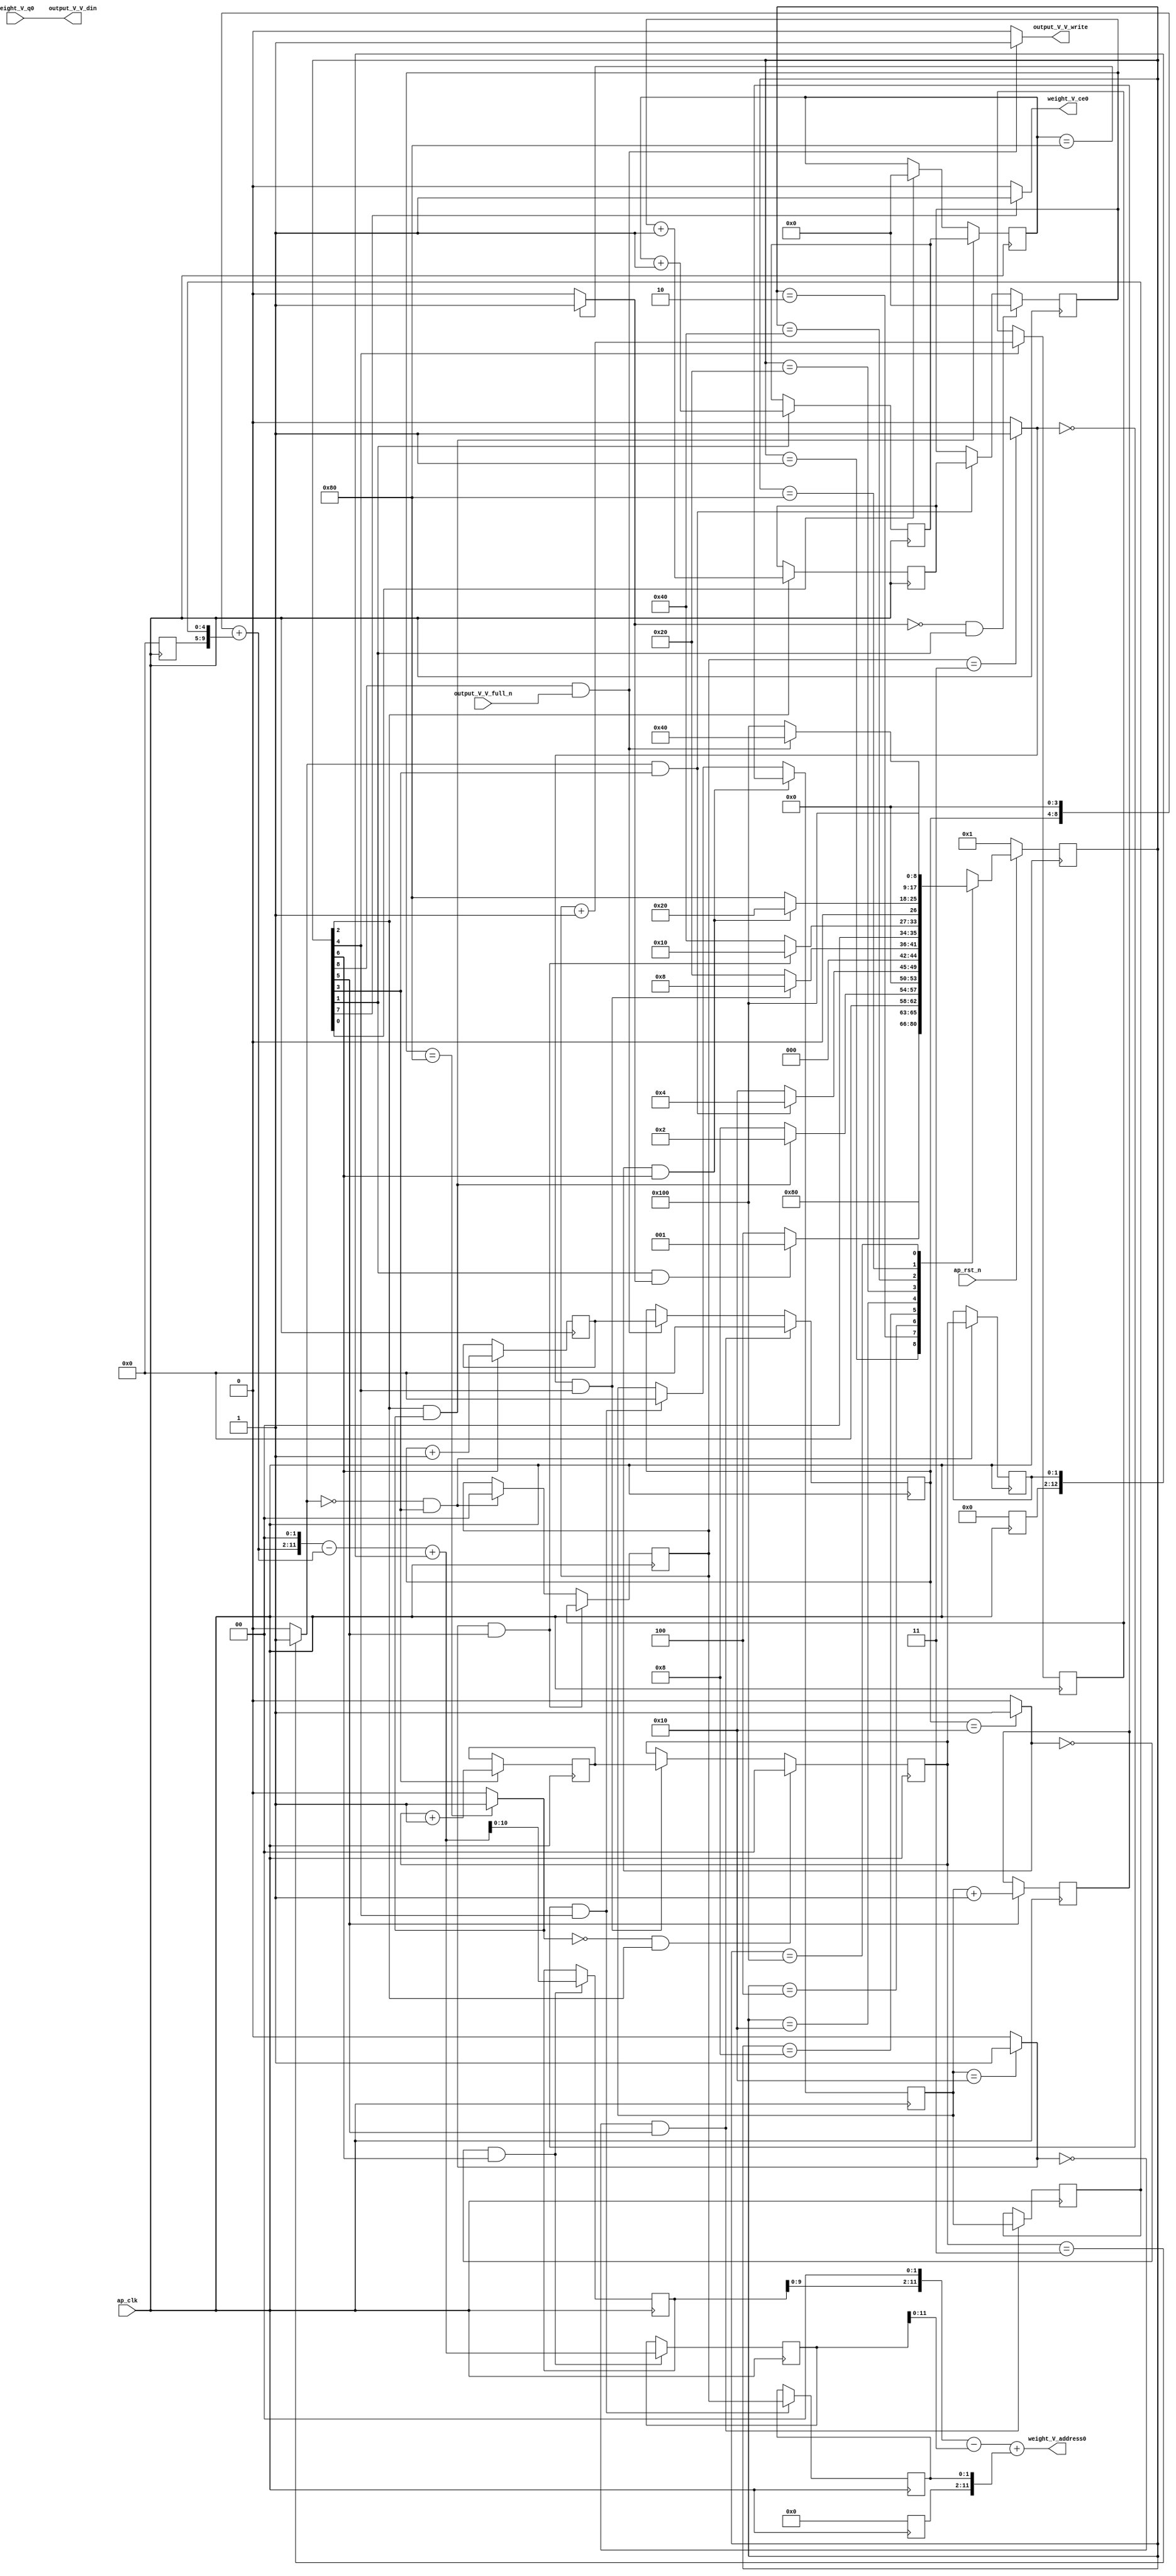
// ==============================================================
// RTL generated by Vivado(TM) HLS - High-Level Synthesis from C, C++ and SystemC
// Version: 2017.4
// Copyright (C) 1986-2017 Xilinx, Inc. All Rights Reserved.
// 
// ===========================================================

`timescale 1 ns / 1 ps 

(* CORE_GENERATION_INFO="weight_s_6,hls_ip_2017_4,{HLS_INPUT_TYPE=cxx,HLS_INPUT_FLOAT=0,HLS_INPUT_FIXED=1,HLS_INPUT_PART=xc7z020clg484-1,HLS_INPUT_CLOCK=10.000000,HLS_INPUT_ARCH=others,HLS_SYN_CLOCK=7.069250,HLS_SYN_LAT=118391041,HLS_SYN_TPT=none,HLS_SYN_MEM=0,HLS_SYN_DSP=0,HLS_SYN_FF=102,HLS_SYN_LUT=323}" *)

module weight_s_6 (
        ap_clk,
        ap_rst_n,
        output_V_V_din,
        output_V_V_full_n,
        output_V_V_write,
        weight_V_address0,
        weight_V_ce0,
        weight_V_q0
);

parameter    ap_ST_fsm_state1 = 9'd1;
parameter    ap_ST_fsm_state2 = 9'd2;
parameter    ap_ST_fsm_state3 = 9'd4;
parameter    ap_ST_fsm_state4 = 9'd8;
parameter    ap_ST_fsm_state5 = 9'd16;
parameter    ap_ST_fsm_state6 = 9'd32;
parameter    ap_ST_fsm_state7 = 9'd64;
parameter    ap_ST_fsm_state8 = 9'd128;
parameter    ap_ST_fsm_state9 = 9'd256;

input   ap_clk;
input   ap_rst_n;
output  [7:0] output_V_V_din;
input   output_V_V_full_n;
output   output_V_V_write;
output  [11:0] weight_V_address0;
output   weight_V_ce0;
input  [7:0] weight_V_q0;

reg output_V_V_write;
reg weight_V_ce0;

reg    ap_rst_n_inv;
reg    output_V_V_blk_n;
(* fsm_encoding = "none" *) reg   [8:0] ap_CS_fsm;
wire    ap_CS_fsm_state9;
wire   [7:0] hout_1_fu_166_p2;
reg   [7:0] hout_1_reg_321;
wire    ap_CS_fsm_state2;
wire   [7:0] wout_1_fu_178_p2;
reg   [7:0] wout_1_reg_329;
wire    ap_CS_fsm_state3;
wire   [1:0] hkern_1_fu_190_p2;
reg   [1:0] hkern_1_reg_337;
wire    ap_CS_fsm_state4;
wire   [63:0] tmp_fu_196_p1;
reg   [63:0] tmp_reg_342;
wire   [0:0] exitcond9_fu_184_p2;
wire   [1:0] wkern_1_fu_206_p2;
reg   [1:0] wkern_1_reg_350;
wire    ap_CS_fsm_state5;
wire   [12:0] tmp_2_cast_fu_212_p1;
reg   [12:0] tmp_2_cast_reg_355;
wire   [0:0] exitcond8_fu_200_p2;
wire   [4:0] pkern_1_fu_222_p2;
reg   [4:0] pkern_1_reg_363;
wire    ap_CS_fsm_state6;
wire   [9:0] tmp_4_cast_fu_228_p1;
reg   [9:0] tmp_4_cast_reg_368;
wire   [0:0] exitcond7_fu_216_p2;
wire   [4:0] pout_1_fu_238_p2;
reg   [4:0] pout_1_reg_376;
wire    ap_CS_fsm_state7;
wire   [12:0] tmp_3_fu_288_p1;
reg   [12:0] tmp_3_reg_381;
wire   [0:0] exitcond_fu_232_p2;
wire   [10:0] tmp_4_fu_292_p1;
reg   [10:0] tmp_4_reg_386;
wire    ap_CS_fsm_state8;
reg   [7:0] hout_reg_94;
wire    ap_CS_fsm_state1;
wire   [0:0] exitcond2_fu_172_p2;
reg   [7:0] wout_reg_105;
wire   [0:0] exitcond1_fu_160_p2;
reg   [1:0] hkern_reg_116;
reg   [1:0] wkern_reg_127;
reg   [4:0] pkern_reg_138;
reg   [4:0] pout_reg_149;
wire   [63:0] tmp_11_cast_fu_313_p1;
wire   [8:0] tmp_1_fu_244_p3;
wire   [9:0] tmp_3_cast_fu_252_p1;
wire   [9:0] tmp_5_fu_256_p2;
wire   [11:0] tmp_2_fu_265_p3;
wire   [63:0] p_shl1_fu_273_p1;
wire   [63:0] tmp_5_cast_fu_261_p1;
wire   [63:0] tmp_7_fu_277_p2;
wire   [63:0] tmp_8_fu_283_p2;
wire   [12:0] p_shl_cast_fu_296_p3;
wire   [12:0] tmp_s_fu_303_p2;
wire   [12:0] tmp_6_fu_308_p2;
reg   [8:0] ap_NS_fsm;

// power-on initialization
initial begin
#0 ap_CS_fsm = 9'd1;
end

always @ (posedge ap_clk) begin
    if (ap_rst_n_inv == 1'b1) begin
        ap_CS_fsm <= ap_ST_fsm_state1;
    end else begin
        ap_CS_fsm <= ap_NS_fsm;
    end
end

always @ (posedge ap_clk) begin
    if (((exitcond2_fu_172_p2 == 1'd0) & (1'b1 == ap_CS_fsm_state3))) begin
        hkern_reg_116 <= 2'd0;
    end else if (((exitcond8_fu_200_p2 == 1'd1) & (1'b1 == ap_CS_fsm_state5))) begin
        hkern_reg_116 <= hkern_1_reg_337;
    end
end

always @ (posedge ap_clk) begin
    if (((1'b1 == ap_CS_fsm_state3) & (exitcond2_fu_172_p2 == 1'd1))) begin
        hout_reg_94 <= hout_1_reg_321;
    end else if ((1'b1 == ap_CS_fsm_state1)) begin
        hout_reg_94 <= 8'd0;
    end
end

always @ (posedge ap_clk) begin
    if (((exitcond_fu_232_p2 == 1'd1) & (1'b1 == ap_CS_fsm_state7))) begin
        pkern_reg_138 <= pkern_1_reg_363;
    end else if (((exitcond8_fu_200_p2 == 1'd0) & (1'b1 == ap_CS_fsm_state5))) begin
        pkern_reg_138 <= 5'd0;
    end
end

always @ (posedge ap_clk) begin
    if (((exitcond7_fu_216_p2 == 1'd0) & (1'b1 == ap_CS_fsm_state6))) begin
        pout_reg_149 <= 5'd0;
    end else if (((1'b1 == ap_CS_fsm_state9) & (output_V_V_full_n == 1'b1))) begin
        pout_reg_149 <= pout_1_reg_376;
    end
end

always @ (posedge ap_clk) begin
    if (((exitcond7_fu_216_p2 == 1'd1) & (1'b1 == ap_CS_fsm_state6))) begin
        wkern_reg_127 <= wkern_1_reg_350;
    end else if (((exitcond9_fu_184_p2 == 1'd0) & (1'b1 == ap_CS_fsm_state4))) begin
        wkern_reg_127 <= 2'd0;
    end
end

always @ (posedge ap_clk) begin
    if (((exitcond1_fu_160_p2 == 1'd0) & (1'b1 == ap_CS_fsm_state2))) begin
        wout_reg_105 <= 8'd0;
    end else if (((exitcond9_fu_184_p2 == 1'd1) & (1'b1 == ap_CS_fsm_state4))) begin
        wout_reg_105 <= wout_1_reg_329;
    end
end

always @ (posedge ap_clk) begin
    if ((1'b1 == ap_CS_fsm_state4)) begin
        hkern_1_reg_337 <= hkern_1_fu_190_p2;
    end
end

always @ (posedge ap_clk) begin
    if ((1'b1 == ap_CS_fsm_state2)) begin
        hout_1_reg_321 <= hout_1_fu_166_p2;
    end
end

always @ (posedge ap_clk) begin
    if ((1'b1 == ap_CS_fsm_state6)) begin
        pkern_1_reg_363 <= pkern_1_fu_222_p2;
    end
end

always @ (posedge ap_clk) begin
    if ((1'b1 == ap_CS_fsm_state7)) begin
        pout_1_reg_376 <= pout_1_fu_238_p2;
    end
end

always @ (posedge ap_clk) begin
    if (((exitcond8_fu_200_p2 == 1'd0) & (1'b1 == ap_CS_fsm_state5))) begin
        tmp_2_cast_reg_355[1 : 0] <= tmp_2_cast_fu_212_p1[1 : 0];
    end
end

always @ (posedge ap_clk) begin
    if (((exitcond_fu_232_p2 == 1'd0) & (1'b1 == ap_CS_fsm_state7))) begin
        tmp_3_reg_381 <= tmp_3_fu_288_p1;
        tmp_4_reg_386 <= tmp_4_fu_292_p1;
    end
end

always @ (posedge ap_clk) begin
    if (((exitcond7_fu_216_p2 == 1'd0) & (1'b1 == ap_CS_fsm_state6))) begin
        tmp_4_cast_reg_368[4 : 0] <= tmp_4_cast_fu_228_p1[4 : 0];
    end
end

always @ (posedge ap_clk) begin
    if (((exitcond9_fu_184_p2 == 1'd0) & (1'b1 == ap_CS_fsm_state4))) begin
        tmp_reg_342[1 : 0] <= tmp_fu_196_p1[1 : 0];
    end
end

always @ (posedge ap_clk) begin
    if ((1'b1 == ap_CS_fsm_state5)) begin
        wkern_1_reg_350 <= wkern_1_fu_206_p2;
    end
end

always @ (posedge ap_clk) begin
    if ((1'b1 == ap_CS_fsm_state3)) begin
        wout_1_reg_329 <= wout_1_fu_178_p2;
    end
end

always @ (*) begin
    if ((1'b1 == ap_CS_fsm_state9)) begin
        output_V_V_blk_n = output_V_V_full_n;
    end else begin
        output_V_V_blk_n = 1'b1;
    end
end

always @ (*) begin
    if (((1'b1 == ap_CS_fsm_state9) & (output_V_V_full_n == 1'b1))) begin
        output_V_V_write = 1'b1;
    end else begin
        output_V_V_write = 1'b0;
    end
end

always @ (*) begin
    if ((1'b1 == ap_CS_fsm_state8)) begin
        weight_V_ce0 = 1'b1;
    end else begin
        weight_V_ce0 = 1'b0;
    end
end

always @ (*) begin
    case (ap_CS_fsm)
        ap_ST_fsm_state1 : begin
            ap_NS_fsm = ap_ST_fsm_state2;
        end
        ap_ST_fsm_state2 : begin
            if (((1'b1 == ap_CS_fsm_state2) & (exitcond1_fu_160_p2 == 1'd1))) begin
                ap_NS_fsm = ap_ST_fsm_state1;
            end else begin
                ap_NS_fsm = ap_ST_fsm_state3;
            end
        end
        ap_ST_fsm_state3 : begin
            if (((1'b1 == ap_CS_fsm_state3) & (exitcond2_fu_172_p2 == 1'd1))) begin
                ap_NS_fsm = ap_ST_fsm_state2;
            end else begin
                ap_NS_fsm = ap_ST_fsm_state4;
            end
        end
        ap_ST_fsm_state4 : begin
            if (((exitcond9_fu_184_p2 == 1'd1) & (1'b1 == ap_CS_fsm_state4))) begin
                ap_NS_fsm = ap_ST_fsm_state3;
            end else begin
                ap_NS_fsm = ap_ST_fsm_state5;
            end
        end
        ap_ST_fsm_state5 : begin
            if (((exitcond8_fu_200_p2 == 1'd1) & (1'b1 == ap_CS_fsm_state5))) begin
                ap_NS_fsm = ap_ST_fsm_state4;
            end else begin
                ap_NS_fsm = ap_ST_fsm_state6;
            end
        end
        ap_ST_fsm_state6 : begin
            if (((exitcond7_fu_216_p2 == 1'd1) & (1'b1 == ap_CS_fsm_state6))) begin
                ap_NS_fsm = ap_ST_fsm_state5;
            end else begin
                ap_NS_fsm = ap_ST_fsm_state7;
            end
        end
        ap_ST_fsm_state7 : begin
            if (((exitcond_fu_232_p2 == 1'd1) & (1'b1 == ap_CS_fsm_state7))) begin
                ap_NS_fsm = ap_ST_fsm_state6;
            end else begin
                ap_NS_fsm = ap_ST_fsm_state8;
            end
        end
        ap_ST_fsm_state8 : begin
            ap_NS_fsm = ap_ST_fsm_state9;
        end
        ap_ST_fsm_state9 : begin
            if (((1'b1 == ap_CS_fsm_state9) & (output_V_V_full_n == 1'b1))) begin
                ap_NS_fsm = ap_ST_fsm_state7;
            end else begin
                ap_NS_fsm = ap_ST_fsm_state9;
            end
        end
        default : begin
            ap_NS_fsm = 'bx;
        end
    endcase
end

assign ap_CS_fsm_state1 = ap_CS_fsm[32'd0];

assign ap_CS_fsm_state2 = ap_CS_fsm[32'd1];

assign ap_CS_fsm_state3 = ap_CS_fsm[32'd2];

assign ap_CS_fsm_state4 = ap_CS_fsm[32'd3];

assign ap_CS_fsm_state5 = ap_CS_fsm[32'd4];

assign ap_CS_fsm_state6 = ap_CS_fsm[32'd5];

assign ap_CS_fsm_state7 = ap_CS_fsm[32'd6];

assign ap_CS_fsm_state8 = ap_CS_fsm[32'd7];

assign ap_CS_fsm_state9 = ap_CS_fsm[32'd8];

always @ (*) begin
    ap_rst_n_inv = ~ap_rst_n;
end

assign exitcond1_fu_160_p2 = ((hout_reg_94 == 8'd128) ? 1'b1 : 1'b0);

assign exitcond2_fu_172_p2 = ((wout_reg_105 == 8'd128) ? 1'b1 : 1'b0);

assign exitcond7_fu_216_p2 = ((pkern_reg_138 == 5'd16) ? 1'b1 : 1'b0);

assign exitcond8_fu_200_p2 = ((wkern_reg_127 == 2'd3) ? 1'b1 : 1'b0);

assign exitcond9_fu_184_p2 = ((hkern_reg_116 == 2'd3) ? 1'b1 : 1'b0);

assign exitcond_fu_232_p2 = ((pout_reg_149 == 5'd16) ? 1'b1 : 1'b0);

assign hkern_1_fu_190_p2 = (hkern_reg_116 + 2'd1);

assign hout_1_fu_166_p2 = (hout_reg_94 + 8'd1);

assign output_V_V_din = weight_V_q0;

assign p_shl1_fu_273_p1 = tmp_2_fu_265_p3;

assign p_shl_cast_fu_296_p3 = {{tmp_4_reg_386}, {2'd0}};

assign pkern_1_fu_222_p2 = (pkern_reg_138 + 5'd1);

assign pout_1_fu_238_p2 = (pout_reg_149 + 5'd1);

assign tmp_11_cast_fu_313_p1 = tmp_6_fu_308_p2;

assign tmp_1_fu_244_p3 = {{pout_reg_149}, {4'd0}};

assign tmp_2_cast_fu_212_p1 = wkern_reg_127;

assign tmp_2_fu_265_p3 = {{tmp_5_fu_256_p2}, {2'd0}};

assign tmp_3_cast_fu_252_p1 = tmp_1_fu_244_p3;

assign tmp_3_fu_288_p1 = tmp_8_fu_283_p2[12:0];

assign tmp_4_cast_fu_228_p1 = pkern_reg_138;

assign tmp_4_fu_292_p1 = tmp_8_fu_283_p2[10:0];

assign tmp_5_cast_fu_261_p1 = tmp_5_fu_256_p2;

assign tmp_5_fu_256_p2 = (tmp_3_cast_fu_252_p1 + tmp_4_cast_reg_368);

assign tmp_6_fu_308_p2 = (tmp_s_fu_303_p2 + tmp_2_cast_reg_355);

assign tmp_7_fu_277_p2 = (p_shl1_fu_273_p1 - tmp_5_cast_fu_261_p1);

assign tmp_8_fu_283_p2 = (tmp_7_fu_277_p2 + tmp_reg_342);

assign tmp_fu_196_p1 = hkern_reg_116;

assign tmp_s_fu_303_p2 = (p_shl_cast_fu_296_p3 - tmp_3_reg_381);

assign weight_V_address0 = tmp_11_cast_fu_313_p1;

assign wkern_1_fu_206_p2 = (wkern_reg_127 + 2'd1);

assign wout_1_fu_178_p2 = (wout_reg_105 + 8'd1);

always @ (posedge ap_clk) begin
    tmp_reg_342[63:2] <= 62'b00000000000000000000000000000000000000000000000000000000000000;
    tmp_2_cast_reg_355[12:2] <= 11'b00000000000;
    tmp_4_cast_reg_368[9:5] <= 5'b00000;
end

endmodule //weight_s_6